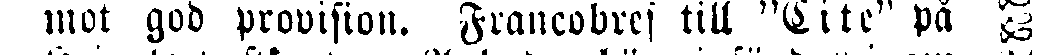
mot god provision. Francobref till "Cite" på #